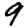
Digit: 9